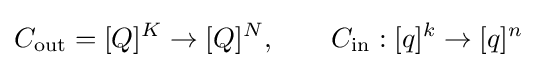
C_{\text{out}}=[Q]^{K}\to [Q]^{N},\qquad C_{\text{in}}:[q]^{k}\to [q]^{n}